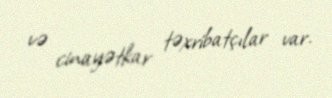
və cinayətkar təxribatçılar var.